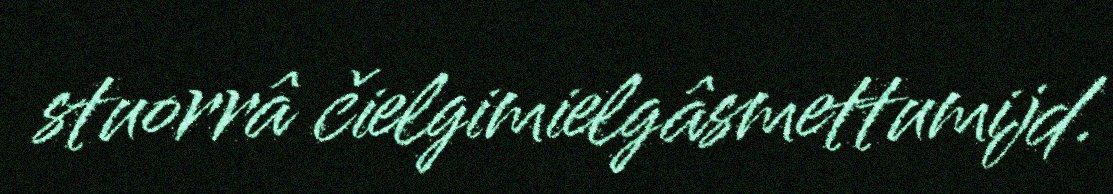
stuorrâ čielgimielgâsmettumijd.